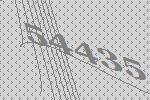
54435